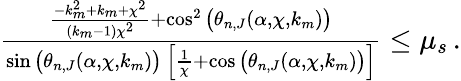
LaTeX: \begin{array}{r}{\frac{\frac{-k_{m}^{2}+k_{m}+\chi^{2}}{(k_{m}-1)\chi^{2}}+\cos^{2}\big(\theta_{n,J}(\alpha,\chi,k_{m})\big)}{\sin\big(\theta_{n,J}(\alpha,\chi,k_{m})\big)\, \Big[\frac{1}{\chi}+\cos\big(\theta_{n,J}(\alpha,\chi,k_{m})\big)\Big]}\leq\mu_{s}\, .}\end{array}